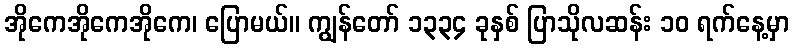
အိုကေအိုကေအိုကေ၊ ပြောမယ်။ ကျွန်တော် ၁၃၃၄ ခုနှစ် ပြာသိုလဆန်း ၁၀ ရက်နေ့မှာ